Vaccination in the Punjab 1883-1896 - 1883-1896
Year: 1883
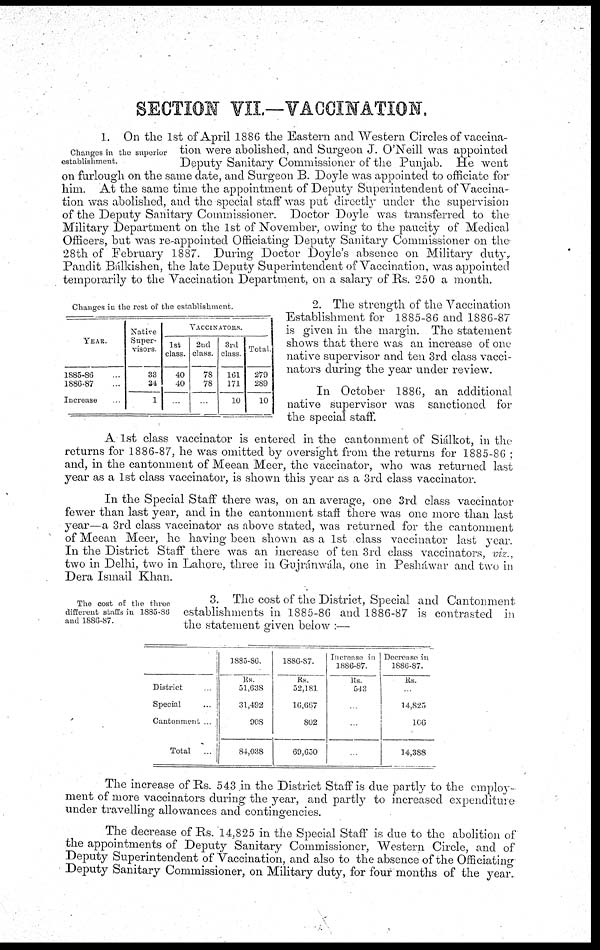
SECTION VII.—VACCINATION.
Changes in the superior
establishment.
1. On the 1st of April 1886 the Eastern and Western Circles of vaccina-
tion were abolished, and Surgeon J. O'Neill was appointed
Deputy Sanitary Commissioner of the Punjab. He went
on furlough on the same date, and Surgeon B. Doyle was appointed to officiate for
him. At the same time the appointment of Deputy Superintendent of Vaccina-
tion was abolished, and the special staff was put directly under the supervision
of the Deputy Sanitary Commissioner. Doctor Doyle was transferred to the
Military Department on the 1st of November, owing to the paucity of Medical
Officers, but was re-appointed Officiating Deputy Sanitary Commissioner on the
28th of February 1887. During Doctor Doyle's absence on Military duty,
Pandit Bálkishen, the late Deputy Superintendent of Vaccination, was appointed
temporarily to the Vaccination Department, on a salary of Rs. 250 a month.
Changes in the rest of the establishment.
YEAR.
1885-86 ...
1886-87 ...
Increase ...
Native
Super-
visors.
33
34
1
VACCINATORS.
1st
class.
40
40
...
2nd
class.
78
78
...
3rd
class.
161
171
10
Total.
279
289
10
2. The strength of the Vaccination
Establishment for 1885-86 and 1886-87
is given in the margin. The statement-
shows that there was an increase of one
native supervisor and ten 3rd class vacci¬
nators during the year under review.
In October 1886, an additional
native supervisor was sanctioned for
the special staff.
A 1st class vaccinator is entered in the cantonment of Siálkot, in the
returns for 1886-87, he was omitted by oversight from the returns for 1885-86 ;
and, in the cantonment of Meean Meer, the vaccinator, who was returned last
year as a 1st class vaccinator, is shown this year as a 3rd class vaccinator.
In the Special Staff there was, on an average, one 3rd class vaccinator
fewer than last year, and in the cantonment staff there was one more than last
year—a 3rd class vaccinator as above stated, was returned for the cantonment
of Meean Meer, he having been shown as a 1st class vaccinator last year.
In the District Staff there was an increase of ten 3rd class vaccinators, viz.,
two in Delhi, two in Lahore, three in Gujránwála, one in Pesháwar and two in
Dera Ismail Khan.
The cost of the three
different staffs in 1885-86
and 1886-87.
3. The cost of the District, Special and Cantonment
establishments in 1885-86 and 1886-87 is contrasted in
the statement given below :—
District
...
Special
...
Cantonment ...
Total
...
1885-86.
Rs.
51,638
31,492
908
84,038
1886-87.
Rs.
52,181
16,667
802
69,650
Increase in
1886-87.
Rs.
543
...
...
Decrease in
1886-87.
Rs.
...
14,825
106
14,388
The increase of Rs. 543 in the District Staff is due partly to the employ-
ment of more vaccinators during the year, and partly to increased expenditure
under travelling allowances and contingencies.
The decrease of Rs. 14,825 in the Special Staff is due to the abolition of
the appointments of Deputy Sanitary Commissioner, Western Circle, and of
Deputy Superintendent of Vaccination, and also to the absence of the Officiating
Deputy Sanitary Commissioner, on Military duty, for four months of the year.